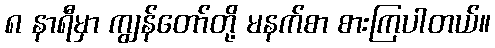
၈ နာရီမှာ ကျွန်တော်တို့ မနက်စာ စားကြပါတယ်။